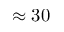
\approx 3 0